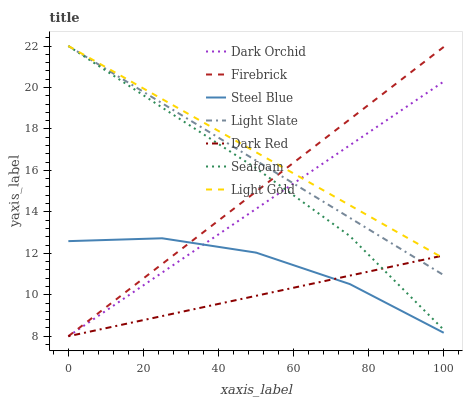
| xaxis_label | Dark Orchid | Firebrick | Steel Blue | Light Slate | Dark Red | Seafoam | Light Gold |
 | --- | --- | --- | --- | --- | --- | --- | --- |
 | 0 | 8 | 8 | 12.6 | 22 | 8 | 22 | 22 |
 | 25 | 11.1 | 11.5 | 12.7 | 19.2 | 8.98 | 19 | 19.4 |
 | 50 | 14.1 | 15 | 12 | 16.5 | 9.95 | 16.1 | 16.9 |
 | 75 | 17.2 | 18.5 | 10.5 | 13.7 | 10.9 | 12.8 | 14.3 |
 | 100 | 20.3 | 22 | 8.17 | 10.9 | 11.9 | 8.31 | 11.8 |